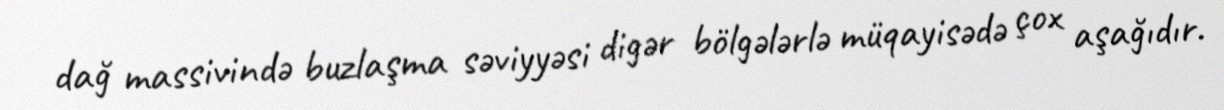
dağ massivində buzlaşma səviyyəsi digər bölgələrlə müqayisədə çox aşağıdır.